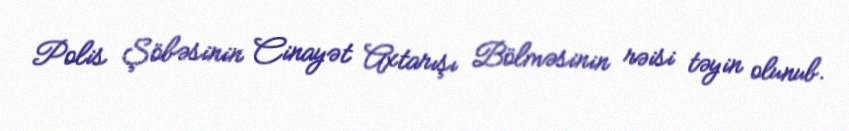
Polis Şöbəsinin Cinayət Axtarışı Bölməsinin rəisi təyin olunub.